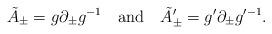
LaTeX: \begin{align*}\tilde{A}_\pm = g \partial_\pm g^{-1} \quad {\rm and} \quad \tilde{A}'_\pm = g'\partial_\pm g^{\prime-1}.\end{align*}